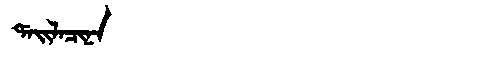
Manchu: ᡩᠠᡳᠯᠠᠴᡳᠨᠠ
Romanization: DAILACINA